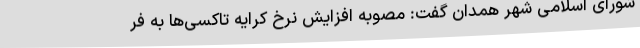
شورای اسلامی شهر همدان گفت: مصوبه افزایش نرخ کرایه تاکسی‌ها به فر